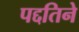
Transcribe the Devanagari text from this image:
पद्दतिने